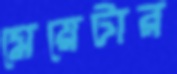
মেয়েটার